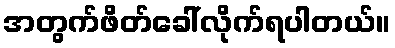
အတွက်ဖိတ်ခေါ်လိုက်ရပါတယ်။